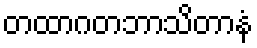
တထာဂတဘာသိတာနံ